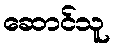
ဆောင်သူ